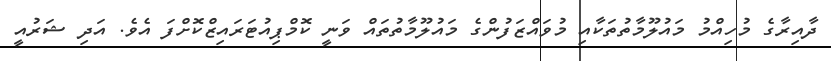
ދާއިރާގެ މުހިއްމު މައުލޫމާތުތަކާއި މުވައްޒަފުންގެ މައުލޫމާތުތައް ވަނީ ކޮމްޕިއުޓަރައިޒްކޮށްފަ އެވެ. އަދި ޝަރުއީ